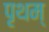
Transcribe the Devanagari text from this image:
पृथम्‌